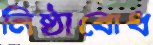
নিষ্ঠাবোধ